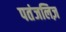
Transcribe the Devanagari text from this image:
पतंजलिज़